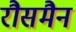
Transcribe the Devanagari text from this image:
रौसमैन